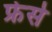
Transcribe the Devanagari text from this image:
फ्रेसे